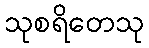
သုစရိတေသု